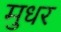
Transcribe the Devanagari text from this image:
मुधर